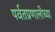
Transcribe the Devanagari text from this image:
पर्वतप्रणालीच्या